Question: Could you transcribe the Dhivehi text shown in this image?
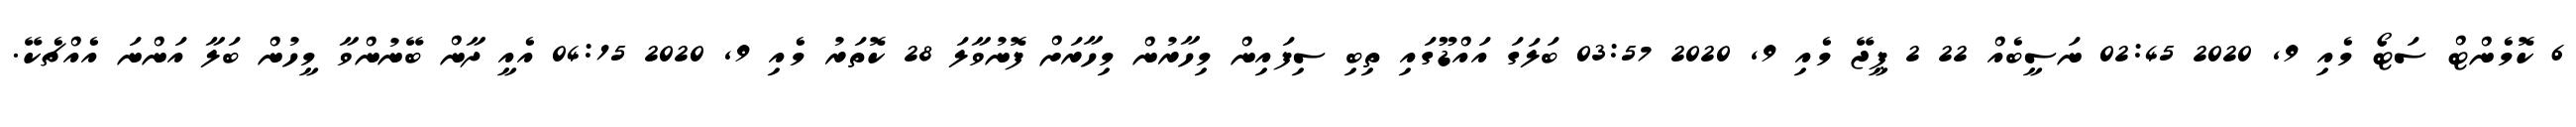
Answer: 6 ކޮމެންޓް ސަޓޯ މެއި 9, 2020 02:45 ނަސީބެއް 22 2 ޕީޖޭ މެއި 9, 2020 03:57 ބަލަގަ އައްޑޫގައި ތިބި ސިފައިން މިހާރުން މިހާރަށް ފޮނުވާލަ 28 ކޮތަރު މެއި 9, 2020 04:15 އެއީ ދާން ބޭނުންވާ މީހުން ބަލާ އަންނަ އެއްޗެކޭ.